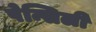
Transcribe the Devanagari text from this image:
पेन्सिली